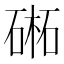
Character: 𣗁